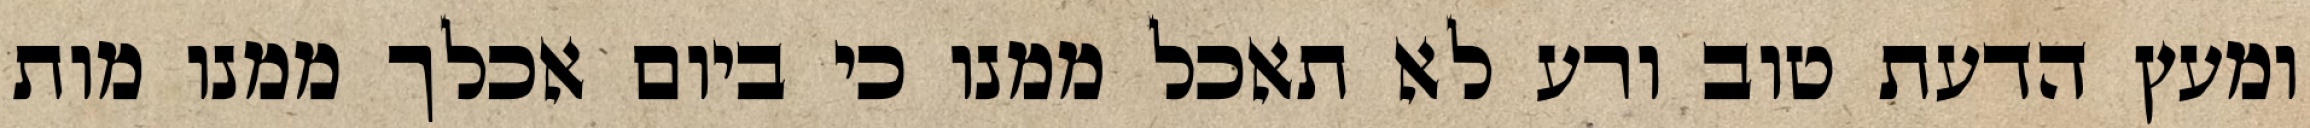
ומעץ הדעת טוב ורע לא תאכל ממנו כי ביום אכלך ממנו מות